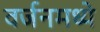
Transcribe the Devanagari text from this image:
वर्जनमध्ये